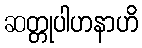
ဆတ္တုပါဟနာဟိ